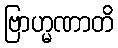
ဗြာဟ္မဏာတိ